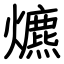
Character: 爊